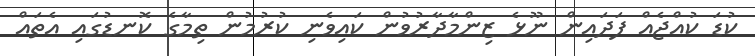
ކުޑަ ކުއްޖެއް ފަދައިން ނޫޅެ ޒިންމާދާރުވުން ކައިވެނި ކުރުމުން ތިމާގެ ކޮނޑުގައި އެތައް